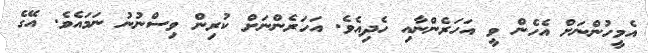
އެމީހުންނަށް އެހެން ވީ އަހަރެންނާއި ހެދިއެވެ. އަހަރެންނަށް ކުރިން ވިސްނުނު ނަަމައެވެ. އޭގެ